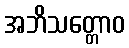
အဘိသတ္တောဝ